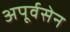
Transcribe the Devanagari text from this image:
अपूर्वसेन